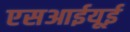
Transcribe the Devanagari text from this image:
एसआईयूई